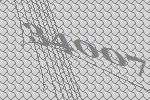
34007